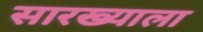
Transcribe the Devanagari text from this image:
सारख्याला